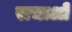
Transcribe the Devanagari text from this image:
राचाओं